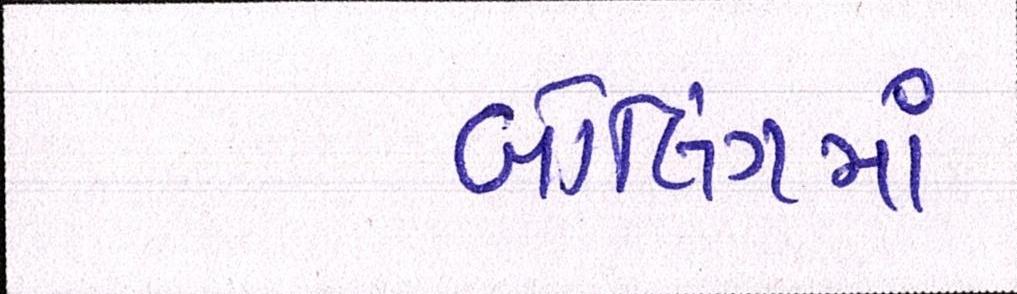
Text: બોલિંગમાં